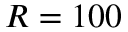
R = 1 0 0